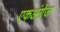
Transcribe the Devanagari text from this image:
एकअंग्रेज